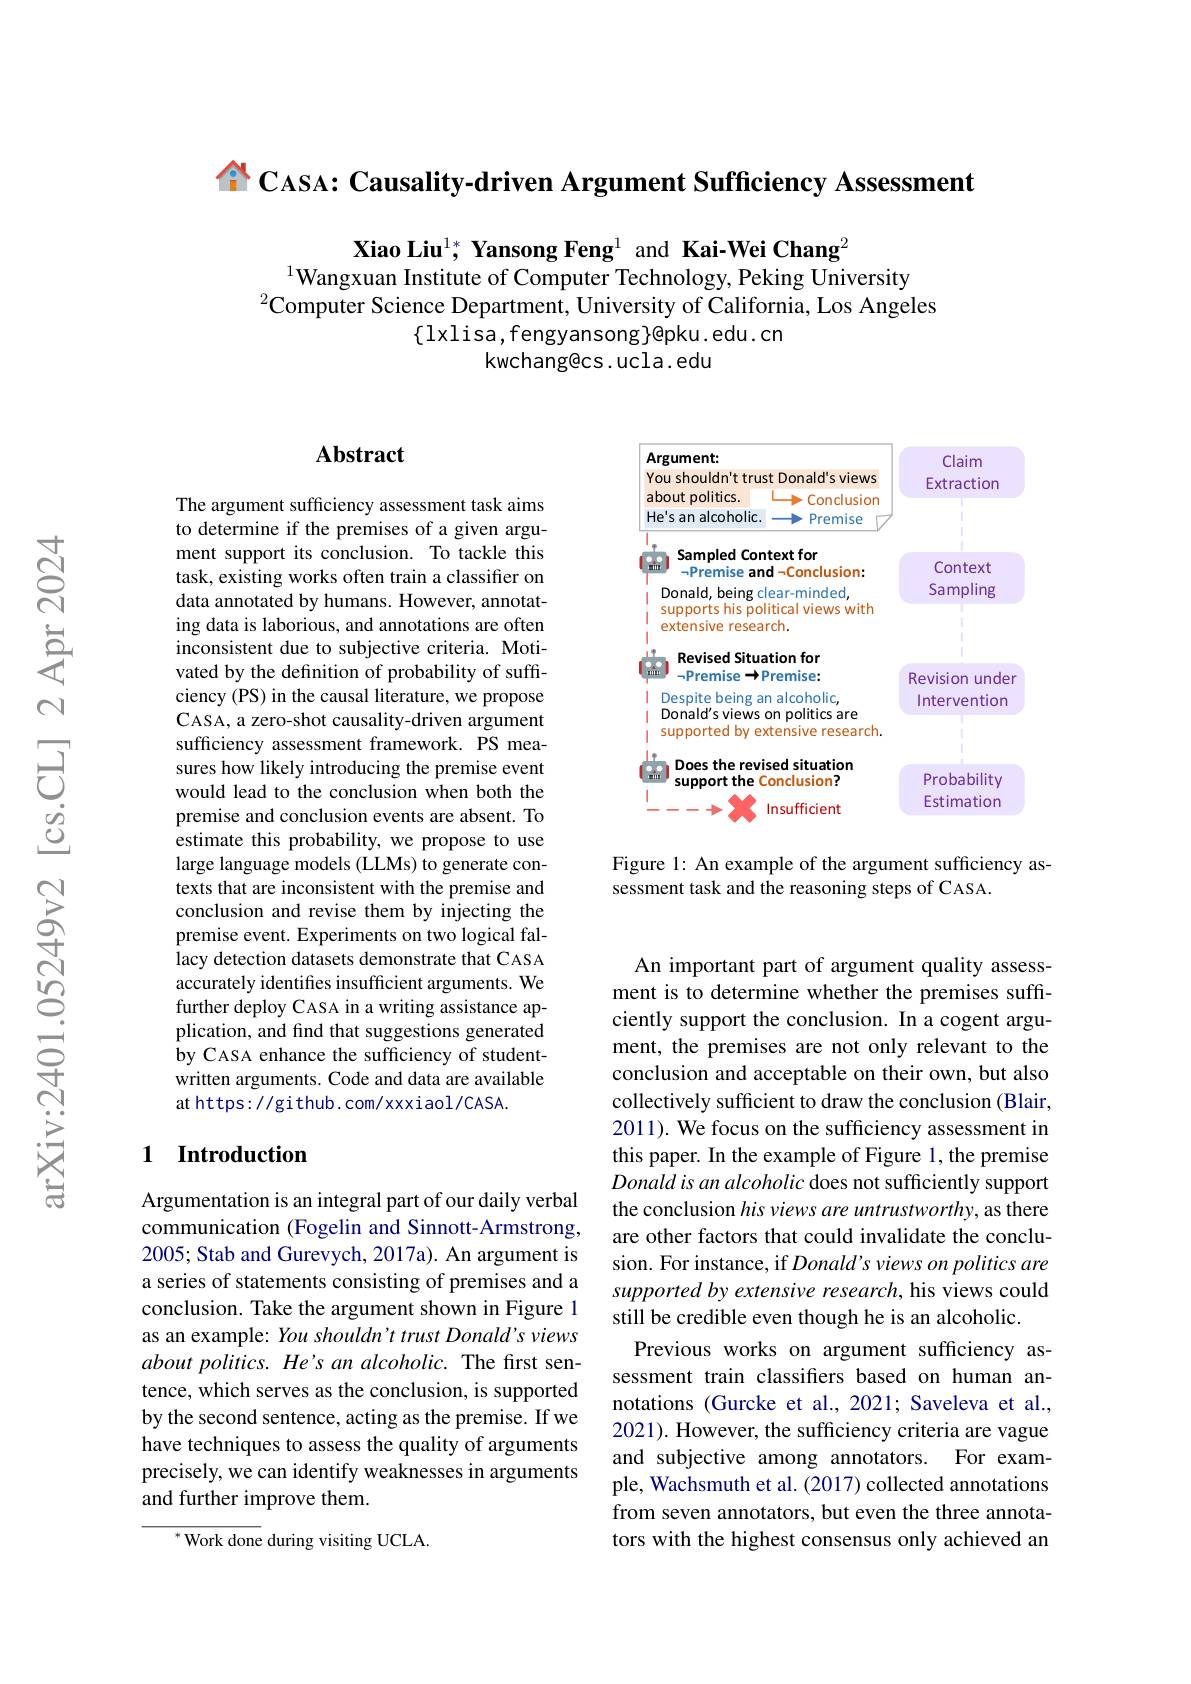
${\overset{A}{\operatorname*{\operatorname*{\operatorname*{\operatorname*{\operatorname*{T}}}}}}}$CASA: Causality-driven Argument Sufficiency Assessment

Xiao Liu$^{1*}$ Yansong Feng$^{1}$ and Kai-Wei Chang$^{2}$
$^{1}$Wangxuan Institute of Computer Technology, Peking University
$^2$Computer Science Department, University of California, Los Angeles
$\{$lxlisa,fengyansong}@pku.edu.cn
kwchang@cs.ucla.edu

### Abstract

The argument sufficiency assessment task aims to determine if the premises of a given argument support its conclusion. To tackle this task, existing works often train a classifier on data annotated by humans. However, annotating data is laborious, and annotations are often inconsistent due to subjective criteria. Motivated by the definition of probability of sufficiency (PS) in the causal literature, we propose CASA, a zero-shot causality-driven argument sufficiency assessment framework. PS measures how likely introducing the premise event would lead to the conclusion when both the premise and conclusion events are absent. To estimate this probability, we propose to use large language models (LLMs) to generate contexts that are inconsistent with the premise and conclusion and revise them by injecting the premise event. Experiments on two logical fallacy detection datasets demonstrate that CASA accurately identifies insufficient arguments. We further deploy CASA in a writing assistance application, and find that suggestions generated by CASA enhance the sufficiency of studentwritten arguments. Code and data are available at https: / / gi thub. com/ xxxi aol/ CASA.

### 1 Introduction

Argumentation is an integral part of our daily verbal communication (Fogelin and Sinnott-Armstrong, 2005; Stab and Gurevych, 2017a). An argument is a series of statements consisting of premises and a conclusion. Take the argument shown in Figure 1 as an example: You shouldn't trust Donald's views about politics. He's an alcoholic. The first sentence, which serves as the conclusion, is supported by the second sentence, acting as the premise. If we have techniques to assess the quality of arguments precisely, we can identify weaknesses in arguments and further improve them.

${^*\text{Work done }}$during visiting UCLA.

<FigureHere>

Figure 1: An example of the argument sufficiency as-
sessment task and the reasoning steps of CASA.

An important part of argument quality assessment is to determine whether the premises suffciently support the conclusion. In a cogent argument, the premises are not only relevant to the conclusion and acceptable on their own, but also collectively sufficient to draw the conclusion (Blair, 2011). We focus on the sufficiency assessment in this paper. In the example of Figure 1, the premise Donald is an alcoholic does not sufficiently support the conclusion his views are untrustworthy, as there are other factors that could invalidate the conclusion. For instance, if Donald's views on politics are supported by extensive research, his views could still be credible even though he is an alcoholic.
Previous works on argument sufficiency assessment train classifers based on human annotations (Gurcke et al., 2021; Saveleva et al., 2021). However, the sufficiency criteria are vague and subjective among annotators. For example, Wachsmuth et al. (2017) collected annotations from seven annotators, but even the three annotators with the highest consensus only achieved an